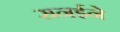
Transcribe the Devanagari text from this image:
सनईने